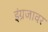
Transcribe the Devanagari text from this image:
इंग्रजावर